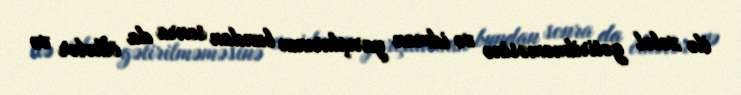
ilə xələl gətirilməməsinə və idman yarışlarının bundan sonra da ölkələr və